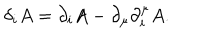
LaTeX: \delta _ { i } A = \partial _ { i } A - \partial _ { \mu } \partial _ { i } ^ { \mu } A .